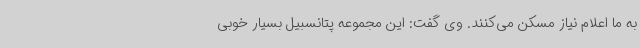
به ما اعلام نیاز مسکن می‌کنند. وی گفت: این مجموعه پتانسبیل بسیار خوبی